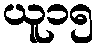
ယူ၁၅